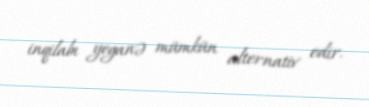
inqilabı yeganə mümkün alternativ edir.